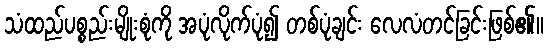
သံထည်ပစ္စည်းမျိုးစုံကို အပုံလိုက်ပုံ၍ တစ်ပုံချင်း လေလံတင်ခြင်းဖြစ်၏။